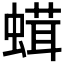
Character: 𧎣